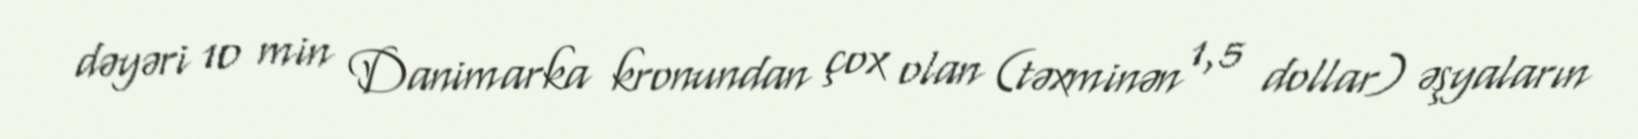
dəyəri 10 min Danimarka kronundan çox olan (təxminən 1,5 dollar) əşyaların